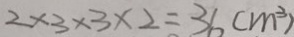
2 \times 3 \times 3 \times 2 = 3 6 ( m ^ { 3 } )